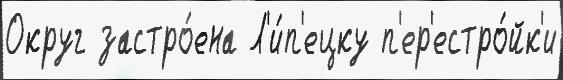
Округ застро́ена Л'и́п'ецку п'ер'естро́йк'и